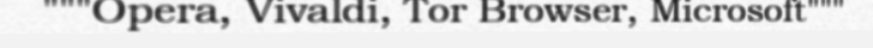
"""Opera, Vivaldi, Tor Browser, Microsoft"""